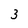
Character: 3